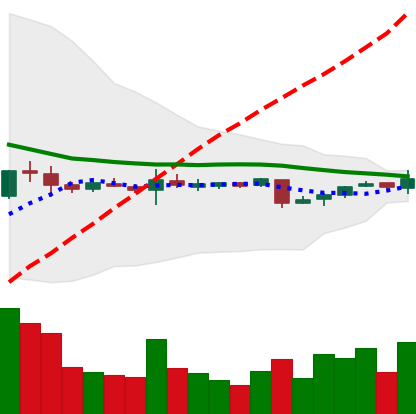
Ticker: XRP-USD
Chart end date: 2018-11-04
Forward return: 8.208%
Label: up_7plus